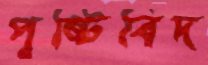
পুষ্টিবিদ